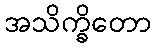
အသိက္ခိတော